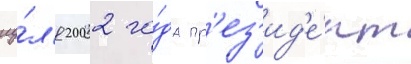
иу́л'я 2002 го́да пр'ез'ид'е́нт